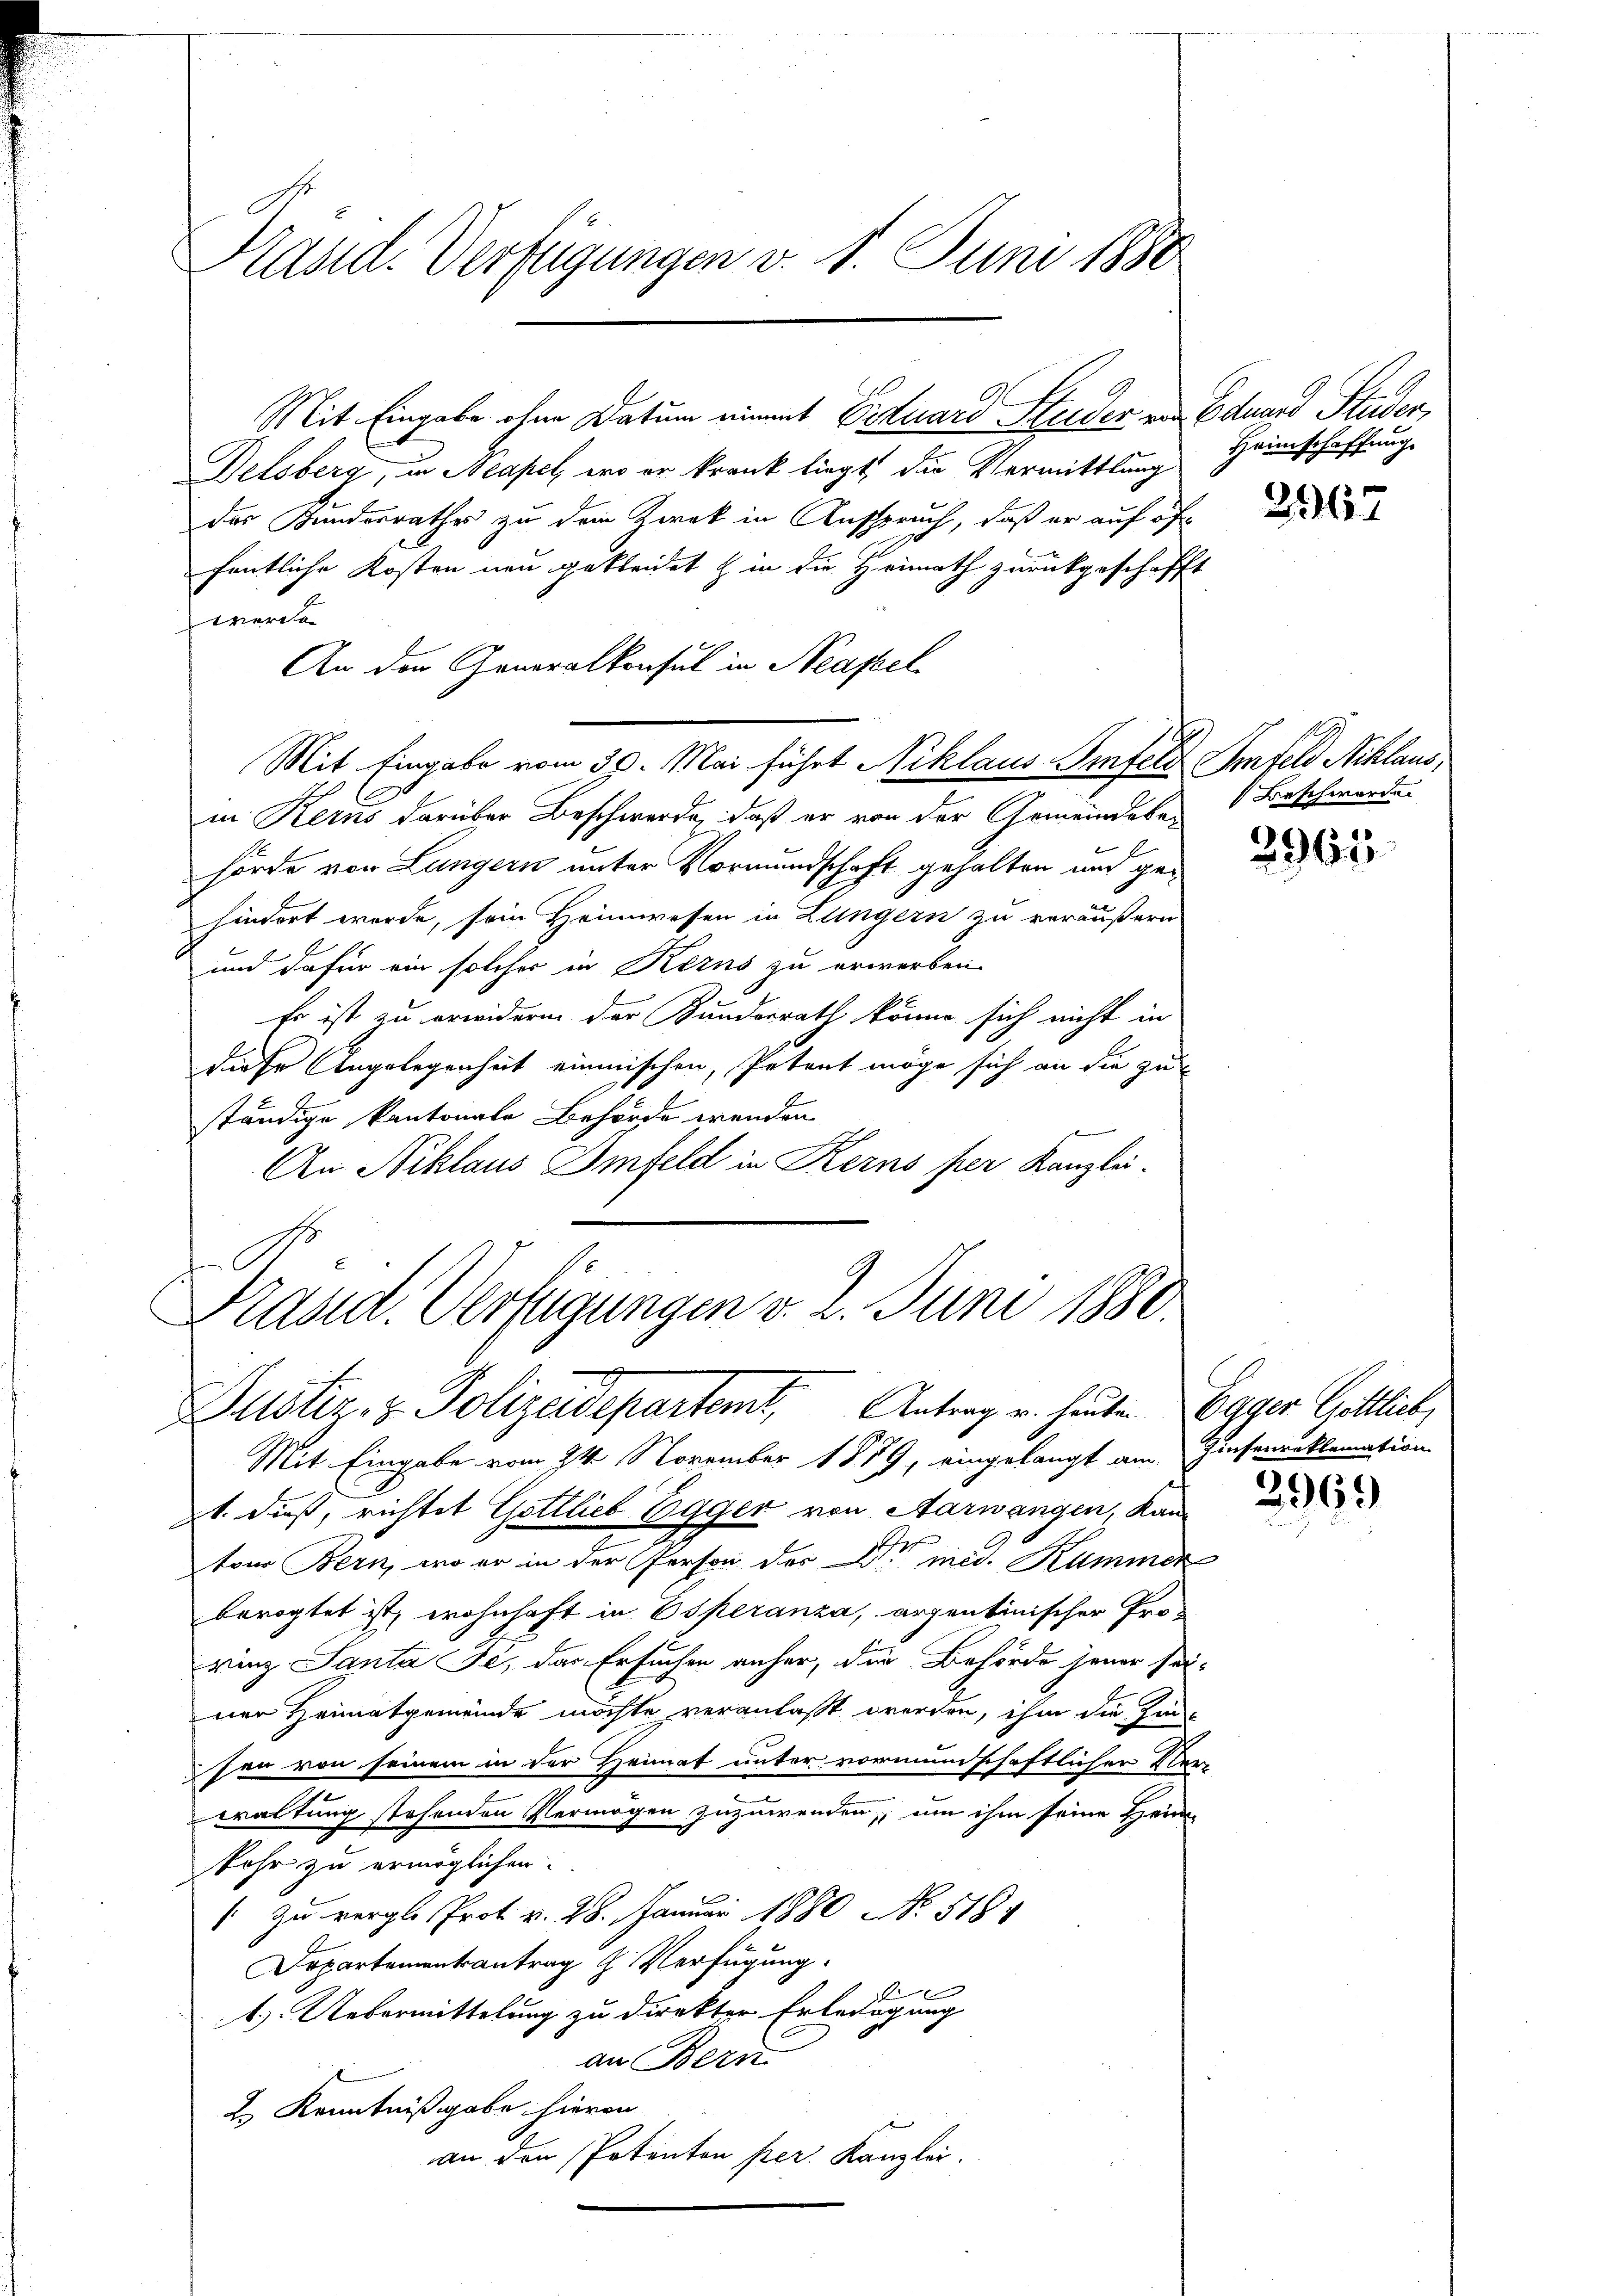
Präsid. Verfügungen v. 1. Juni 1880

Mit Eingabe ohne Datum nimmt Ectuard Steider von Eduard Studer,
Delsberg, in Neapel, wo er krank liegt, die Vermittlung
der Kundesrathes zu dem Zwek in Ausspruch, daß er auf öf
fentliche Kosten neu gekleidet & in die Heimath zurückgeschafft
werden
An der Generalkonsul in Neapel
in Kerns darüber Beschwerde, daß er von der Gemeindebehörde von Lungern unter Vormundschaft gehalten und gehindert werde, sein Heimwesen in Lungern zu veräußern
und dafür ein solches in Kerns zu erwerben.
Er ist zu erwideren der Bundesrath könne sich nicht in
diese Angelegenheit einmischen, Petent möge sich an die zu
ständige Kantonale Behörde wenden
An Niklaus Imfeld in Kerns per Kanzlei.
t
Prand. Verfügungen v. 2. Juni 1880.

Mit Eingabe vom 30. Mai führt Niklaus Senfeld Imfeld Niklaus,

Zustiz- & Polizeidepartemt, Antrag u. heute Egger Göttlich,

Mit Eingabe vom 24. November 1859, eingelangt am Zinsenreklamation
pt. dieß, richtet Gottlieb Egger von Aarwangen, kan-
ton Bern, wo er in der Person der Er med. Kummer
berogtet ist, wohnhaft in Esperanza, argentinischer Pro-
vinz Santa Je, das Ersuchen anher, der Behörde jener sei-
ner Heimatgemeinde möchte veranlaßt worden, ihm die Zinsen von seinem in der Heimat unter vormundschaftlicher Ver-
waltung stehenden Vermögen zuzuwenden, um ihm seine Hein
kohr zu ermöglichen.
 zu vergl. Prot v. 28. Januar 1880 No 518.
Departementantrag h Verfügung.

1.) Uebermittelung zu direkter Erledigung
an Bern
2.) Kenntnißgabe hievon
an den Potenten per Kanzlei.

Heimschaffung

2167

Beschwerden

2963

2963